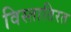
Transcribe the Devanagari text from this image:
विस्तातिरत